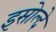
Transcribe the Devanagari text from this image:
इसोल्दे